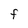
Character: F